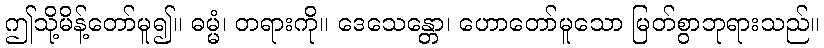
ဤသို့မိန့်တော်မူ၍။ ဓမ္မံ၊ တရားကို။ ဒေသေန္တော၊ ဟောတော်မူသော မြတ်စွာဘုရားသည်။